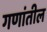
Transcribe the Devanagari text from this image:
गणांतील